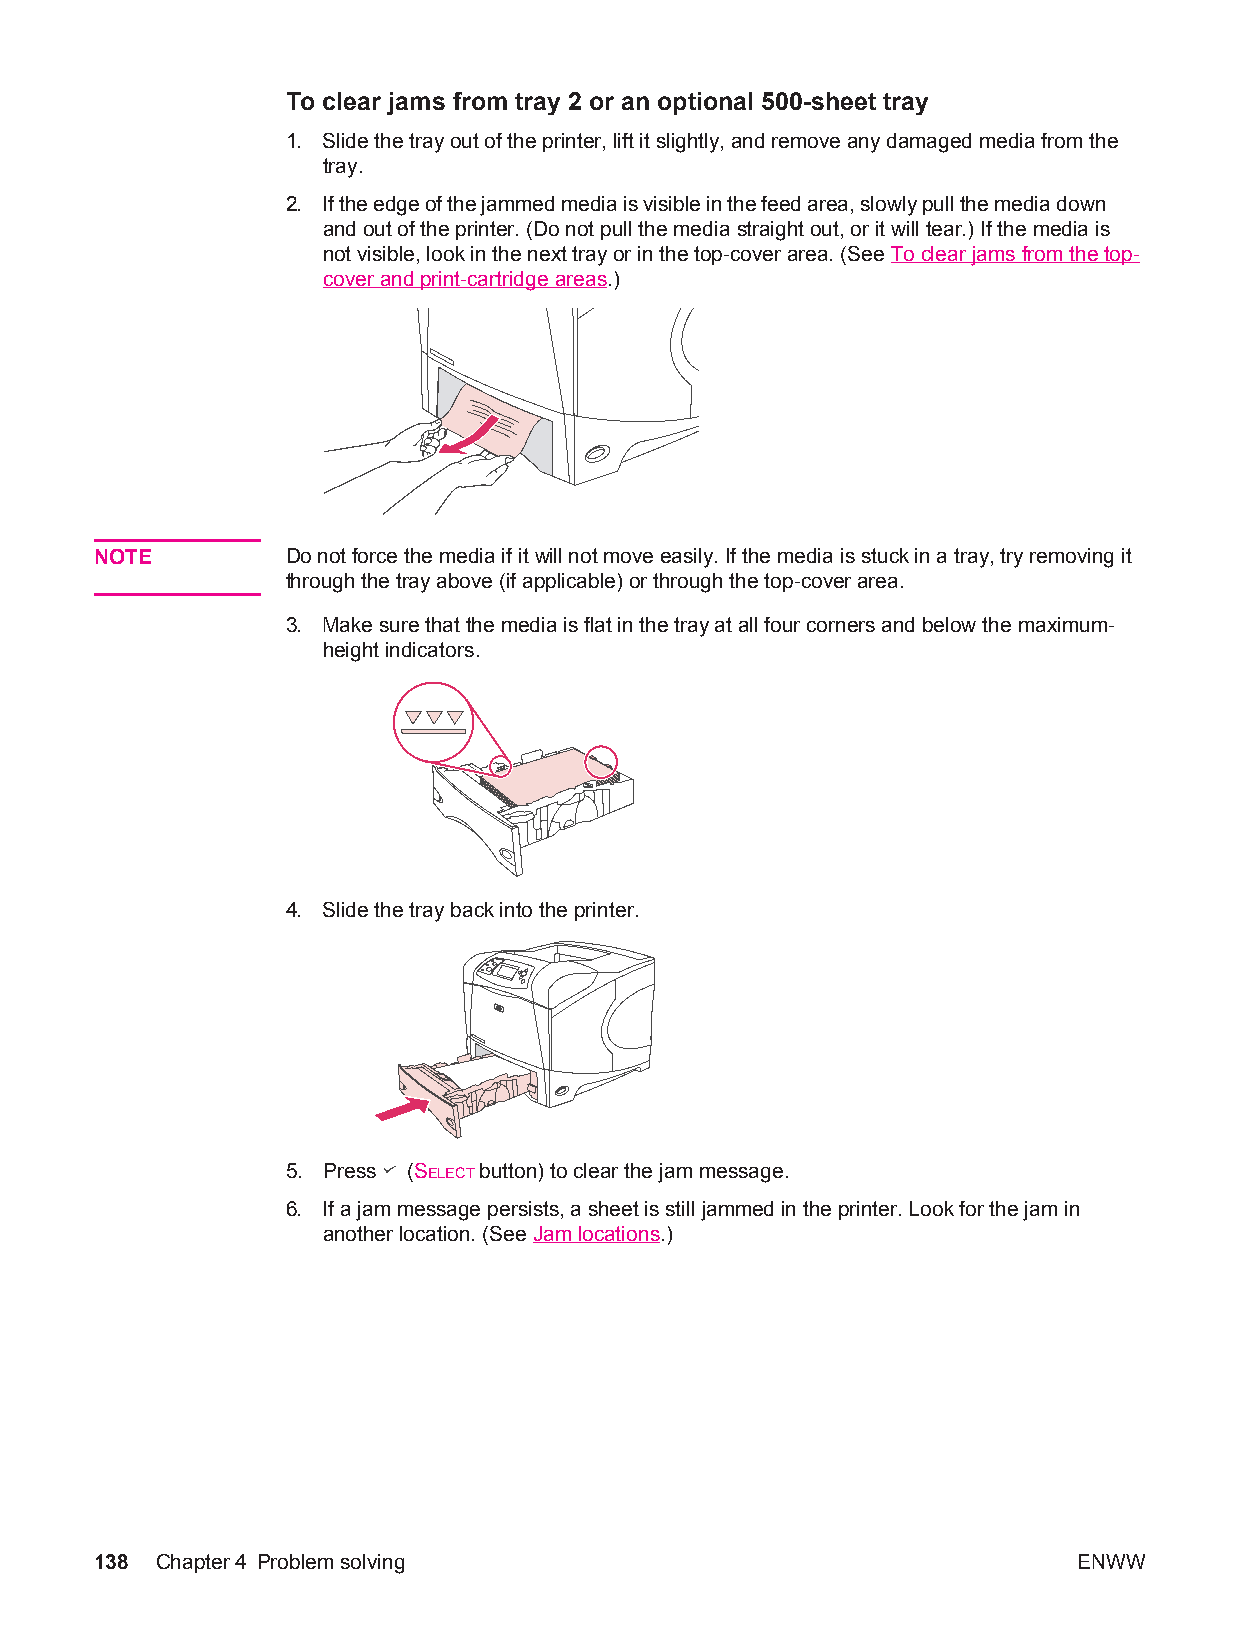
To clear jams from tray 2 or an optional 500-sheet tray
 1. Slide the tray out of the printer, lift it slightly, and remove any damaged media from the
 tray.
 2. If the edge of the jammed media is visible in the feed area, slowly pull the media down
 and out of the printer. (Do not pull the media straight out, or it will tear.) If the media is
 not visible, look in the next tray or in the top-cover area. (See To clear jams from the top-
 cover and print-cartridge areas.)
 NOTE         Do not force the media if it will not move easily. If the media is stuck in a tray, try removing it
 through the tray above (if applicable) or through the top-cover area.
 3. Make sure that the media is flat in the tray at all four corners and below the maximum-
 height indicators.
 4. Slide the tray back into the printer.
 5. Press (SELECT button) to clear the jam message.
 6. If a jam message persists, a sheet is still jammed in the printer. Look for the jam in
 another location. (See Jam locations.)
 138 Chapter4 Problem solving                                     ENWW